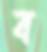
ব